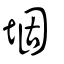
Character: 堌